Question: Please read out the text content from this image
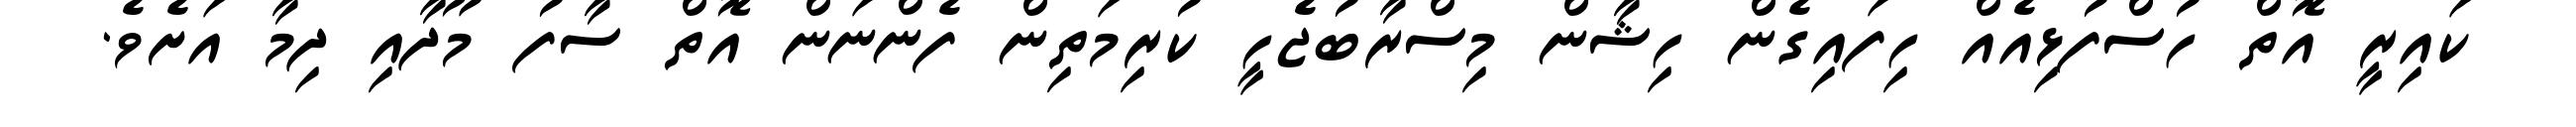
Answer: ކައިރީ އޮތް ހުސްފުޅިއެއް ހިފައިގެން ހިޝާން މިސްރާބުޖެހީ ކުރިމަތިން ފެންނަން އޮތް ސާފު މޫދާއި ދިމާ އަށެވެ.